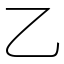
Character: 乙